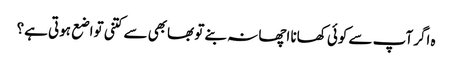
ہ اگر آپ سے کوئی کھانا اچھا نہ بنے تو بھابھی سے کتنی تواضع ہوتی ہے؟